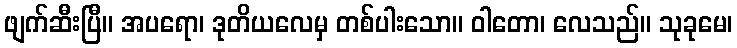
ဖျက်ဆီးပြီ။ အပရော၊ ဒုတိယလေမှ တစ်ပါးသော။ ဝါတော၊ လေသည်။ သုခုမေ၊